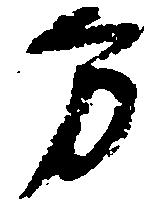
方